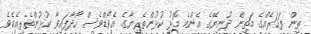
ތިން ފަހަރެއްގެ މަތިން ދުނިޔޭގެ އެންމެ މޮޅު ކުޅުންތެރިޔާގެ އެވޯޑްވެސް ހޯދާފައިވާ ކުޅުންތެރިއެކެވެ.